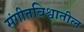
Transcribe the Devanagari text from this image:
संगीतविश्वातील